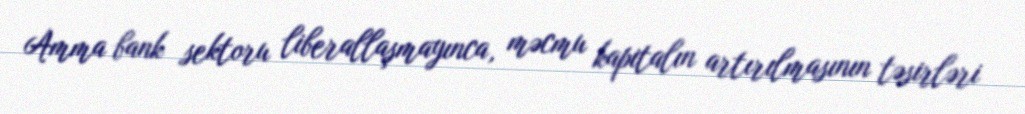
Amma bank sektoru liberallaşmayınca, məcmu kapitalın artırılmasının təsirləri